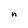
Character: n